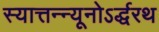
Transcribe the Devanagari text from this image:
स्यात्तन्न्यूनोऽर्द्धरथ